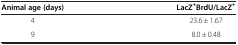
| Animal age (days) | LacZ+BrdU/LacZ+ |
 | --- | --- |
 | 4 | 23.6 ± 1.67 |
 | 9 | 8.0 ± 0.48 |